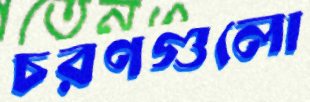
চরণগুলো